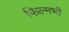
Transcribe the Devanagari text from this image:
फिल्मभी